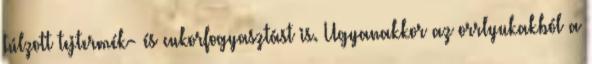
túlzott tejtermék- és cukorfogyasztást is. Ugyanakkor az orrlyukakból a